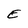
Character: E